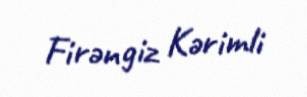
Firəngiz Kərimli